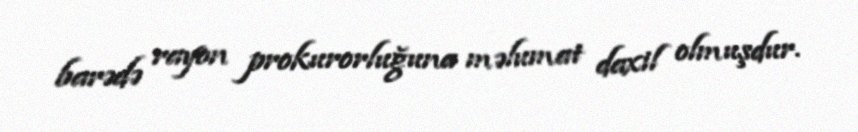
barədə rayon prokurorluğuna məlumat daxil olmuşdur.